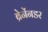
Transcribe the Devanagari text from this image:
ब्रेनेंनडर